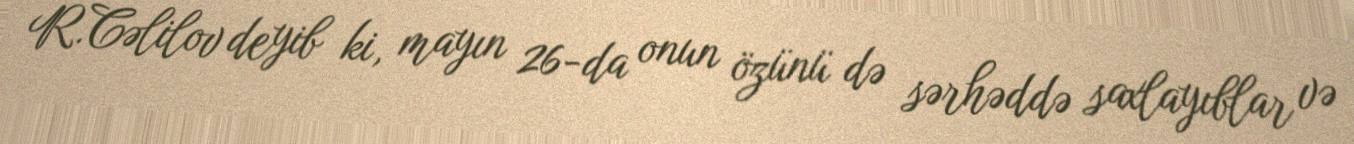
R.Cəlilov deyib ki, mayın 26-da onun özünü də sərhəddə saxlayıblar və